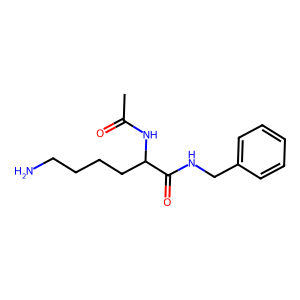
SMILES: CC(=O)NC(CCCCN)C(=O)NCc1ccccc1
Inhibits HIV replication: No